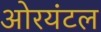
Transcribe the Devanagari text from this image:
ओरयंटल